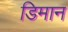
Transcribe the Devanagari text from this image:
डिमान